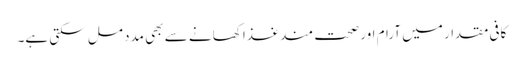
کافی مقدار میں آرام اور صحت مند غذا کھانے سے بھی مدد مل سکتی ہے۔